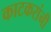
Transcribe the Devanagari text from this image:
काटकरांनी